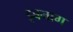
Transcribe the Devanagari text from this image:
इबनाग